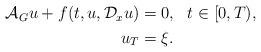
LaTeX: \begin{align*}\begin {split}{\mathcal{A}}_{G}u+f(t,u,\mathcal{D}_{x}u)&=0,\ \ t\in\lbrack0,T),\\u_T & =\xi.\end {split}\end{align*}